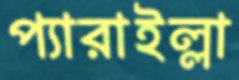
প্যারাইল্লা